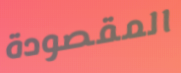
المقصودة